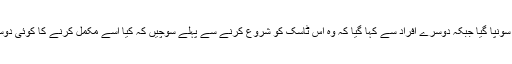
ایک افراد کو ایک ٹاسک سونپا گیا جبکہ دوسرے افراد سے کہا گیا کہ وہ اس ٹاسک کو شروع کرنے سے پہلے سوچیں کہ کیا اسے مکمل کرنے کا کوئی دوسرا راستہ نکل سکتا ہے؟